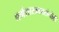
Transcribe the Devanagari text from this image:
धर्मशास्त्रकारांनीही